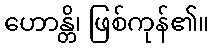
ဟောန္တိ၊ ဖြစ်ကုန်၏။